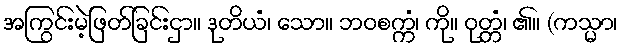
အကြွင်းမဲ့ဖြတ်ခြင်းငှာ။ ဒုတိယံ၊ သော။ ဘဝစက္ကံ၊ ကို။ ဝုတ္တံ၊ ၏။ (ကသ္မာ၊